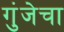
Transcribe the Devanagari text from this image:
गुंजेचा